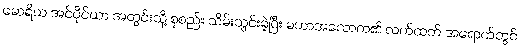
မောရိယ အင်ပိုင်ယာ အတွင်းသို့ စုစည်း သိမ်းသွင်းခဲ့ပြီး မဟာအသောက၏ လက်ထက် အရောက်တွင်